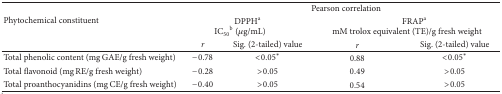
<table><thead><tr><td rowspan="3"><b>Phytochemical constituent</b></td><td colspan="4"><b>Pearson correlation</b></td></tr><tr><td colspan="2"><b>DPPH<sup>a</sup>IC<sub>50</sub><sup>b</sup> (μg/mL)</b></td><td colspan="2"><b>FRAP<sup>a</sup> mM trolox equivalent (TE)/g fresh weight</b></td></tr><tr><td><b><i>r </i></b></td><td><b>Sig. (2-tailed) value</b></td><td><b><i>r </i></b></td><td><b>Sig. (2-tailed) value</b></td></tr></thead><tbody><tr><td>Total phenolic content (mg GAE/g fresh weight)</td><td>−0.78</td><td>&lt;0.05*</td><td>0.88</td><td>&lt;0.05*</td></tr><tr><td>Total flavonoid (mg RE/g fresh weight)</td><td>−0.28</td><td>&gt;0.05</td><td>0.49</td><td>&gt;0.05</td></tr><tr><td>Total proanthocyanidins (mg CE/g fresh weight)</td><td>−0.40</td><td>&gt;0.05</td><td>0.54</td><td>&gt;0.05</td></tr></tbody></table>